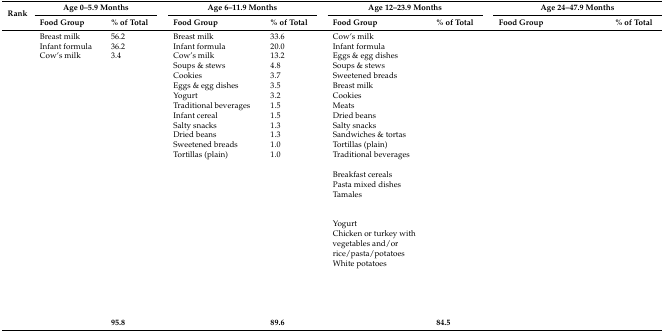
<table><thead><tr><td rowspan="2"><b>Rank</b></td><td colspan="2"><b>Age 0–5.9 Months</b></td><td>[EMPTY_CELL]</td><td colspan="2"><b>Age 6–11.9 Months</b></td><td>[EMPTY_CELL]</td><td colspan="2"><b>Age 12–23.9 Months</b></td><td>[EMPTY_CELL]</td><td colspan="2"><b>Age 24–47.9 Months</b></td></tr><tr><td><b>Food Group</b></td><td><b>% of Total</b></td><td>[EMPTY_CELL]</td><td><b>Food Group</b></td><td><b>% of Total</b></td><td>[EMPTY_CELL]</td><td><b>Food Group</b></td><td><b>% of Total</b></td><td>[EMPTY_CELL]</td><td><b>Food Group</b></td><td><b>% of Total</b></td></tr></thead><tbody><tr><td>[EMPTY_CELL]</td><td>Breast milk</td><td>56.2</td><td>[EMPTY_CELL]</td><td>Breast milk</td><td>33.6</td><td>[EMPTY_CELL]</td><td>Cow’s milk</td><td>[EMPTY_CELL]</td><td>[EMPTY_CELL]</td><td>[EMPTY_CELL]</td><td>[EMPTY_CELL]</td></tr><tr><td>[EMPTY_CELL]</td><td>Infant formula</td><td>36.2</td><td>[EMPTY_CELL]</td><td>Infant formula</td><td>20.0</td><td>[EMPTY_CELL]</td><td>Infant formula</td><td>[EMPTY_CELL]</td><td>[EMPTY_CELL]</td><td>[EMPTY_CELL]</td><td>[EMPTY_CELL]</td></tr><tr><td>[EMPTY_CELL]</td><td>Cow’s milk</td><td>3.4</td><td>[EMPTY_CELL]</td><td>Cow’s milk</td><td>13.2</td><td>[EMPTY_CELL]</td><td>Eggs &amp; egg dishes</td><td>[EMPTY_CELL]</td><td>[EMPTY_CELL]</td><td>[EMPTY_CELL]</td><td>[EMPTY_CELL]</td></tr><tr><td>[EMPTY_CELL]</td><td>[EMPTY_CELL]</td><td>[EMPTY_CELL]</td><td>[EMPTY_CELL]</td><td>Soups &amp; stews</td><td>4.8</td><td>[EMPTY_CELL]</td><td>Soups &amp; stews</td><td>[EMPTY_CELL]</td><td>[EMPTY_CELL]</td><td>[EMPTY_CELL]</td><td>[EMPTY_CELL]</td></tr><tr><td>[EMPTY_CELL]</td><td>[EMPTY_CELL]</td><td>[EMPTY_CELL]</td><td>[EMPTY_CELL]</td><td>Cookies</td><td>3.7</td><td>[EMPTY_CELL]</td><td>Sweetened breads</td><td>[EMPTY_CELL]</td><td>[EMPTY_CELL]</td><td>[EMPTY_CELL]</td><td>[EMPTY_CELL]</td></tr><tr><td>[EMPTY_CELL]</td><td>[EMPTY_CELL]</td><td>[EMPTY_CELL]</td><td>[EMPTY_CELL]</td><td>Eggs &amp; egg dishes</td><td>3.5</td><td>[EMPTY_CELL]</td><td>Breast milk</td><td>[EMPTY_CELL]</td><td>[EMPTY_CELL]</td><td>[EMPTY_CELL]</td><td>[EMPTY_CELL]</td></tr><tr><td>[EMPTY_CELL]</td><td>[EMPTY_CELL]</td><td>[EMPTY_CELL]</td><td>[EMPTY_CELL]</td><td>Yogurt</td><td>3.2</td><td>[EMPTY_CELL]</td><td>Cookies</td><td>[EMPTY_CELL]</td><td>[EMPTY_CELL]</td><td>[EMPTY_CELL]</td><td>[EMPTY_CELL]</td></tr><tr><td>[EMPTY_CELL]</td><td>[EMPTY_CELL]</td><td>[EMPTY_CELL]</td><td>[EMPTY_CELL]</td><td>Traditional beverages</td><td>1.5</td><td>[EMPTY_CELL]</td><td>Meats</td><td>[EMPTY_CELL]</td><td>[EMPTY_CELL]</td><td>[EMPTY_CELL]</td><td>[EMPTY_CELL]</td></tr><tr><td>[EMPTY_CELL]</td><td>[EMPTY_CELL]</td><td>[EMPTY_CELL]</td><td>[EMPTY_CELL]</td><td>Infant cereal</td><td>1.5</td><td>[EMPTY_CELL]</td><td>Dried beans</td><td>[EMPTY_CELL]</td><td>[EMPTY_CELL]</td><td>[EMPTY_CELL]</td><td>[EMPTY_CELL]</td></tr><tr><td>[EMPTY_CELL]</td><td>[EMPTY_CELL]</td><td>[EMPTY_CELL]</td><td>[EMPTY_CELL]</td><td>Salty snacks</td><td>1.3</td><td>[EMPTY_CELL]</td><td>Salty snacks</td><td>[EMPTY_CELL]</td><td>[EMPTY_CELL]</td><td>[EMPTY_CELL]</td><td>[EMPTY_CELL]</td></tr><tr><td>[EMPTY_CELL]</td><td>[EMPTY_CELL]</td><td>[EMPTY_CELL]</td><td>[EMPTY_CELL]</td><td>Dried beans</td><td>1.3</td><td>[EMPTY_CELL]</td><td>Sandwiches &amp; tortas</td><td>[EMPTY_CELL]</td><td>[EMPTY_CELL]</td><td>[EMPTY_CELL]</td><td>[EMPTY_CELL]</td></tr><tr><td>[EMPTY_CELL]</td><td>[EMPTY_CELL]</td><td>[EMPTY_CELL]</td><td>[EMPTY_CELL]</td><td>Sweetened breads</td><td>1.0</td><td>[EMPTY_CELL]</td><td>Tortillas (plain)</td><td>[EMPTY_CELL]</td><td>[EMPTY_CELL]</td><td>[EMPTY_CELL]</td><td>[EMPTY_CELL]</td></tr><tr><td>[EMPTY_CELL]</td><td>[EMPTY_CELL]</td><td>[EMPTY_CELL]</td><td>[EMPTY_CELL]</td><td>Tortillas (plain)</td><td>1.0</td><td>[EMPTY_CELL]</td><td>Traditional beverages</td><td>[EMPTY_CELL]</td><td>[EMPTY_CELL]</td><td>[EMPTY_CELL]</td><td>[EMPTY_CELL]</td></tr><tr><td>[EMPTY_CELL]</td><td>[EMPTY_CELL]</td><td>[EMPTY_CELL]</td><td>[EMPTY_CELL]</td><td>[EMPTY_CELL]</td><td>[EMPTY_CELL]</td><td>[EMPTY_CELL]</td><td>Breakfast cereals</td><td>[EMPTY_CELL]</td><td>[EMPTY_CELL]</td><td>[EMPTY_CELL]</td><td>[EMPTY_CELL]</td></tr><tr><td>[EMPTY_CELL]</td><td>[EMPTY_CELL]</td><td>[EMPTY_CELL]</td><td>[EMPTY_CELL]</td><td>[EMPTY_CELL]</td><td>[EMPTY_CELL]</td><td>[EMPTY_CELL]</td><td>Pasta mixed dishes</td><td>[EMPTY_CELL]</td><td>[EMPTY_CELL]</td><td>[EMPTY_CELL]</td><td>[EMPTY_CELL]</td></tr><tr><td>[EMPTY_CELL]</td><td>[EMPTY_CELL]</td><td>[EMPTY_CELL]</td><td>[EMPTY_CELL]</td><td>[EMPTY_CELL]</td><td>[EMPTY_CELL]</td><td>[EMPTY_CELL]</td><td>Tamales</td><td>[EMPTY_CELL]</td><td>[EMPTY_CELL]</td><td>[EMPTY_CELL]</td><td>[EMPTY_CELL]</td></tr><tr><td>[EMPTY_CELL]</td><td>[EMPTY_CELL]</td><td>[EMPTY_CELL]</td><td>[EMPTY_CELL]</td><td>[EMPTY_CELL]</td><td>[EMPTY_CELL]</td><td>[EMPTY_CELL]</td><td>Yogurt</td><td>[EMPTY_CELL]</td><td>[EMPTY_CELL]</td><td>[EMPTY_CELL]</td><td>[EMPTY_CELL]</td></tr><tr><td>[EMPTY_CELL]</td><td>[EMPTY_CELL]</td><td>[EMPTY_CELL]</td><td>[EMPTY_CELL]</td><td>[EMPTY_CELL]</td><td>[EMPTY_CELL]</td><td>[EMPTY_CELL]</td><td>Chicken or turkey with vegetables and/or rice/pasta/potatoes</td><td>[EMPTY_CELL]</td><td>[EMPTY_CELL]</td><td>[EMPTY_CELL]</td><td>[EMPTY_CELL]</td></tr><tr><td>[EMPTY_CELL]</td><td>[EMPTY_CELL]</td><td>[EMPTY_CELL]</td><td>[EMPTY_CELL]</td><td>[EMPTY_CELL]</td><td>[EMPTY_CELL]</td><td>[EMPTY_CELL]</td><td>White potatoes</td><td>[EMPTY_CELL]</td><td>[EMPTY_CELL]</td><td>[EMPTY_CELL]</td><td>[EMPTY_CELL]</td></tr><tr><td>[EMPTY_CELL]</td><td>[EMPTY_CELL]</td><td>[EMPTY_CELL]</td><td>[EMPTY_CELL]</td><td>[EMPTY_CELL]</td><td>[EMPTY_CELL]</td><td>[EMPTY_CELL]</td><td>[EMPTY_CELL]</td><td>[EMPTY_CELL]</td><td>[EMPTY_CELL]</td><td>[EMPTY_CELL]</td><td>[EMPTY_CELL]</td></tr><tr><td>[EMPTY_CELL]</td><td>[EMPTY_CELL]</td><td>[EMPTY_CELL]</td><td>[EMPTY_CELL]</td><td>[EMPTY_CELL]</td><td>[EMPTY_CELL]</td><td>[EMPTY_CELL]</td><td>[EMPTY_CELL]</td><td>[EMPTY_CELL]</td><td>[EMPTY_CELL]</td><td>[EMPTY_CELL]</td><td>[EMPTY_CELL]</td></tr><tr><td>[EMPTY_CELL]</td><td>[EMPTY_CELL]</td><td>[EMPTY_CELL]</td><td>[EMPTY_CELL]</td><td>[EMPTY_CELL]</td><td>[EMPTY_CELL]</td><td>[EMPTY_CELL]</td><td>[EMPTY_CELL]</td><td>[EMPTY_CELL]</td><td>[EMPTY_CELL]</td><td>[EMPTY_CELL]</td><td>[EMPTY_CELL]</td></tr><tr><td>[EMPTY_CELL]</td><td>[EMPTY_CELL]</td><td>[EMPTY_CELL]</td><td>[EMPTY_CELL]</td><td>[EMPTY_CELL]</td><td>[EMPTY_CELL]</td><td>[EMPTY_CELL]</td><td>[EMPTY_CELL]</td><td>[EMPTY_CELL]</td><td>[EMPTY_CELL]</td><td>[EMPTY_CELL]</td><td>[EMPTY_CELL]</td></tr><tr><td>[EMPTY_CELL]</td><td>[EMPTY_CELL]</td><td>[EMPTY_CELL]</td><td>[EMPTY_CELL]</td><td>[EMPTY_CELL]</td><td>[EMPTY_CELL]</td><td>[EMPTY_CELL]</td><td>[EMPTY_CELL]</td><td>[EMPTY_CELL]</td><td>[EMPTY_CELL]</td><td>[EMPTY_CELL]</td><td>[EMPTY_CELL]</td></tr><tr><td colspan="2">[EMPTY_CELL]</td><td><b>95.8</b></td><td>[EMPTY_CELL]</td><td>[EMPTY_CELL]</td><td><b>89.6</b></td><td>[EMPTY_CELL]</td><td>[EMPTY_CELL]</td><td><b>84.5</b></td><td>[EMPTY_CELL]</td><td>[EMPTY_CELL]</td><td>[EMPTY_CELL]</td></tr></tbody></table>